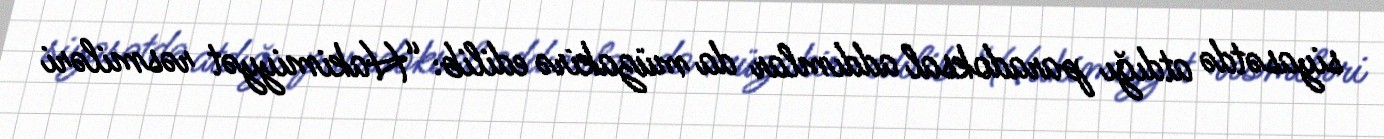
siyasətdə atdığı paradoksal addımlar da müzakirə edilib: “Hakimiyyət rəsmiləri